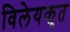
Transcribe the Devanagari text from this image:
विलेयकृत